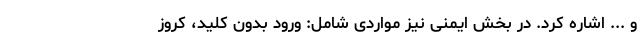
و ... اشاره کرد. در بخش ایمنی نیز مواردی شامل: ورود بدون کلید، کروز